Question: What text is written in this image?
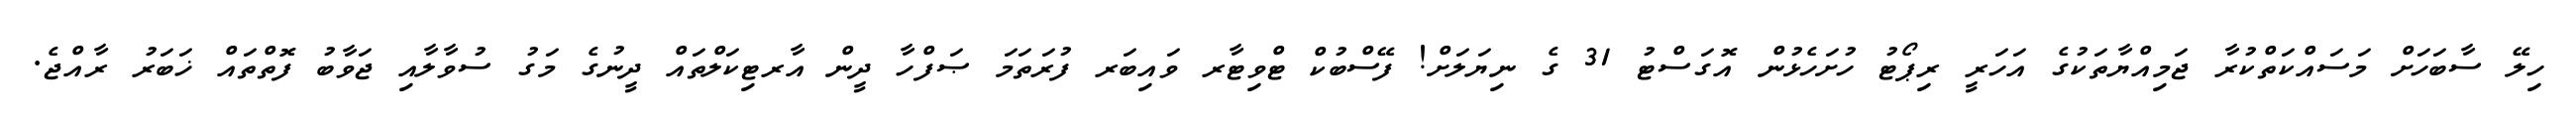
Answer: ހިލޭ ސާބަހަށް މަސައްކަތްކުރާ ޖަމިއްޔާތަކުގެ އަހަރީ ރިޕޯޓު ހުށަހެޅުން އޮގަސްޓު 31 ގެ ނިޔަލަށް! ފޭސްބުކް ޓްވިޓާރ ވައިބަރ ފުރަތަމަ ޞަފްހާ ދީން އާރޓިކަލްތައް ދީނުގެ މަގު ސުވާލާއި ޖަވާބު ފޮތްތައް ޚަބަރު ރާއްޖެ.